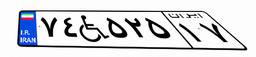
۷۴W۵۲۵۱۷